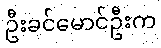
ဦးခင်မောင်ဦးက